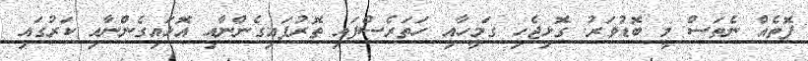
ފޮތެއް ނެތަސް މީ ބޮޑުވަރު. ގޮޅިޖެހި ގަމީހާއި ހަތަރެސްފައި ތޮރުފައިގެންނާއި އޮޅައިގެންނާއި ކަރުގައި